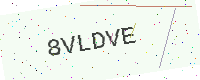
Text: 8VLDVE